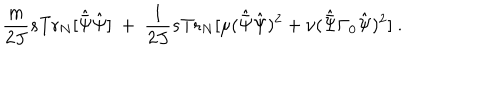
LaTeX: \frac { m } { 2 J } s \mathrm { T r } _ { N } [ { \hat { \bar { \Psi } } } { \hat { \Psi } } ] \ + \ \frac { 1 } { 2 J } s \mathrm { T r } _ { N } [ \mu ( { \hat { \bar { \Psi } } } { \hat { \Psi } } ) ^ { 2 } + \nu ( { \hat { \bar { \Psi } } } \Gamma _ { 0 } { \hat { \Psi } } ) ^ { 2 } ] \ .